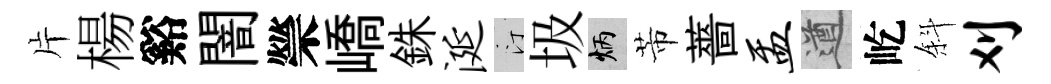
片楊谿闇禜嶠銖涎汀圾炳芾薔盂遒屹斜刈